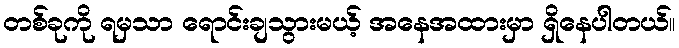
တစ်ခုကို ရမှသာ ရောင်းချသွားမယ့် အနေအထားမှာ ရှိနေပါတယ်။